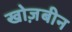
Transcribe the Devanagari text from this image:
खोज़बीन